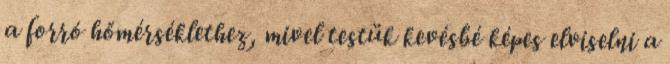
a forró hőmérséklethez, mivel testük kevésbé képes elviselni a